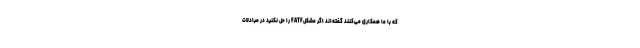
که با ما همکاری می‌کنند گفته‌اند اگر مشکلFATF را حل نکنید در مبادلات